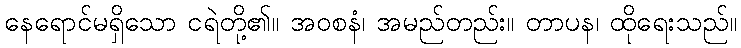
နေရောင်မရှိသော ငရဲတို့၏။ အဝစနံ၊ အမည်တည်း။ တာပန၊ ထိုရေးသည်။